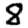
Digit: 8